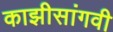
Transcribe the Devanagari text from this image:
काझीसांगवी